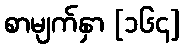
စာမျက်နှာ [၁၆၄]